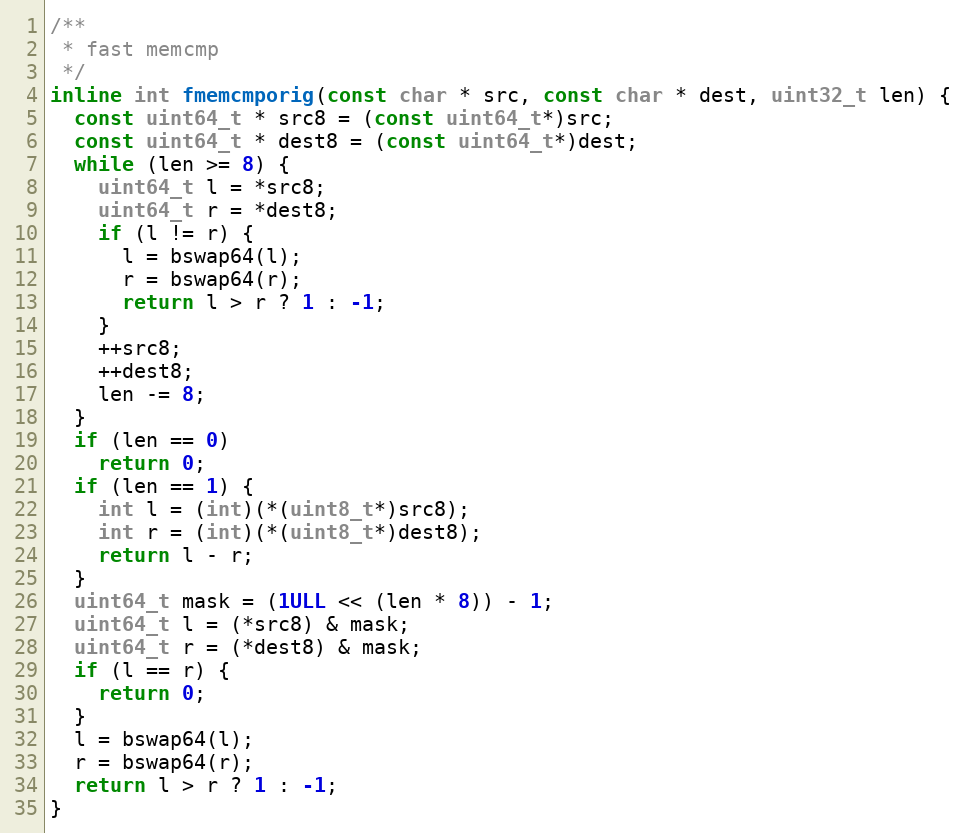
Language: C++
/**
 * fast memcmp
 */
inline int fmemcmporig(const char * src, const char * dest, uint32_t len) {
  const uint64_t * src8 = (const uint64_t*)src;
  const uint64_t * dest8 = (const uint64_t*)dest;
  while (len >= 8) {
    uint64_t l = *src8;
    uint64_t r = *dest8;
    if (l != r) {
      l = bswap64(l);
      r = bswap64(r);
      return l > r ? 1 : -1;
    }
    ++src8;
    ++dest8;
    len -= 8;
  }
  if (len == 0)
    return 0;
  if (len == 1) {
    int l = (int)(*(uint8_t*)src8);
    int r = (int)(*(uint8_t*)dest8);
    return l - r;
  }
  uint64_t mask = (1ULL << (len * 8)) - 1;
  uint64_t l = (*src8) & mask;
  uint64_t r = (*dest8) & mask;
  if (l == r) {
    return 0;
  }
  l = bswap64(l);
  r = bswap64(r);
  return l > r ? 1 : -1;
}